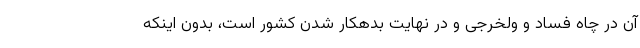
آن در چاه فساد و ولخرجی و در نهایت بدهکار شدن کشور است، بدون اینکه